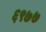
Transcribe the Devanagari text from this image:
६९७७